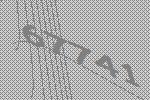
67741